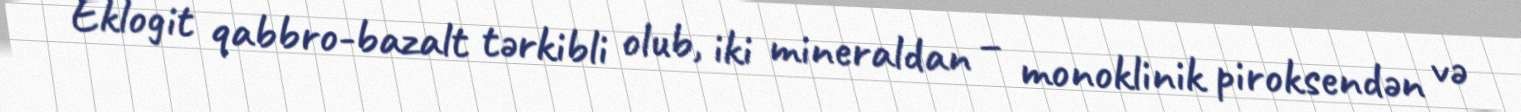
Eklogit qabbro-bazalt tərkibli olub, iki mineraldan – monoklinik piroksendən və